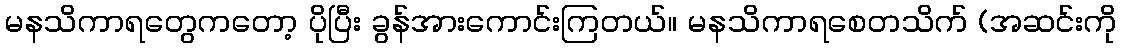
မနသိကာရတွေကတော့ ပိုပြီး ခွန်အားကောင်းကြတယ်။ မနသိကာရစေတသိက် (အဆင်းကို